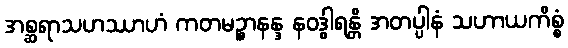
အစ္ဆရာသဟဿာဟံ ကတမဉ္စာနန္ဒ နဝဒွါရန္တိ အတပ္ပါနံ သဟာယကိစ္စံ